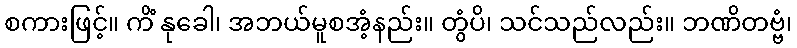
စကားဖြင့်။ ကိံ နုခေါ၊ အဘယ်မူစအံ့နည်း။ တွံပိ၊ သင်သည်လည်း။ ဘဏိတဗ္ဗံ၊